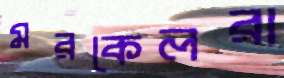
মরকেলরা